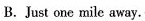
B.Just one mile away.